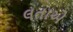
લતાએ